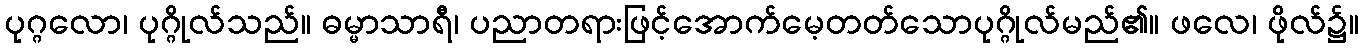
ပုဂ္ဂလော၊ ပုဂ္ဂိုလ်သည်။ ဓမ္မာသာရီ၊ ပညာတရားဖြင့်အောက်မေ့တတ်သောပုဂ္ဂိုလ်မည်၏။ ဖလေ၊ ဖိုလ်၌။